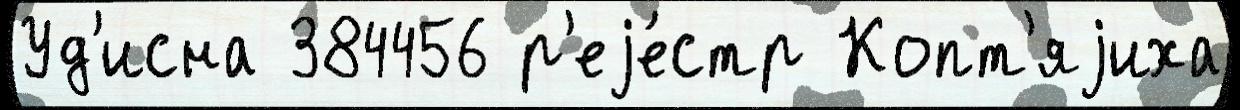
Уд'исна 384456 р'еjе́стр Копт'яjиха